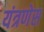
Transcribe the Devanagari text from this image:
यंत्रणेस